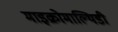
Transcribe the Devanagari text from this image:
माइक्रोमाल्थिडी